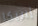
إيريكا